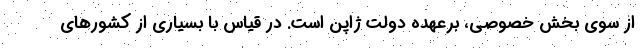
از سوی بخش خصوصی، برعهده دولت ژاپن است. در قیاس با بسیاری از کشورهای